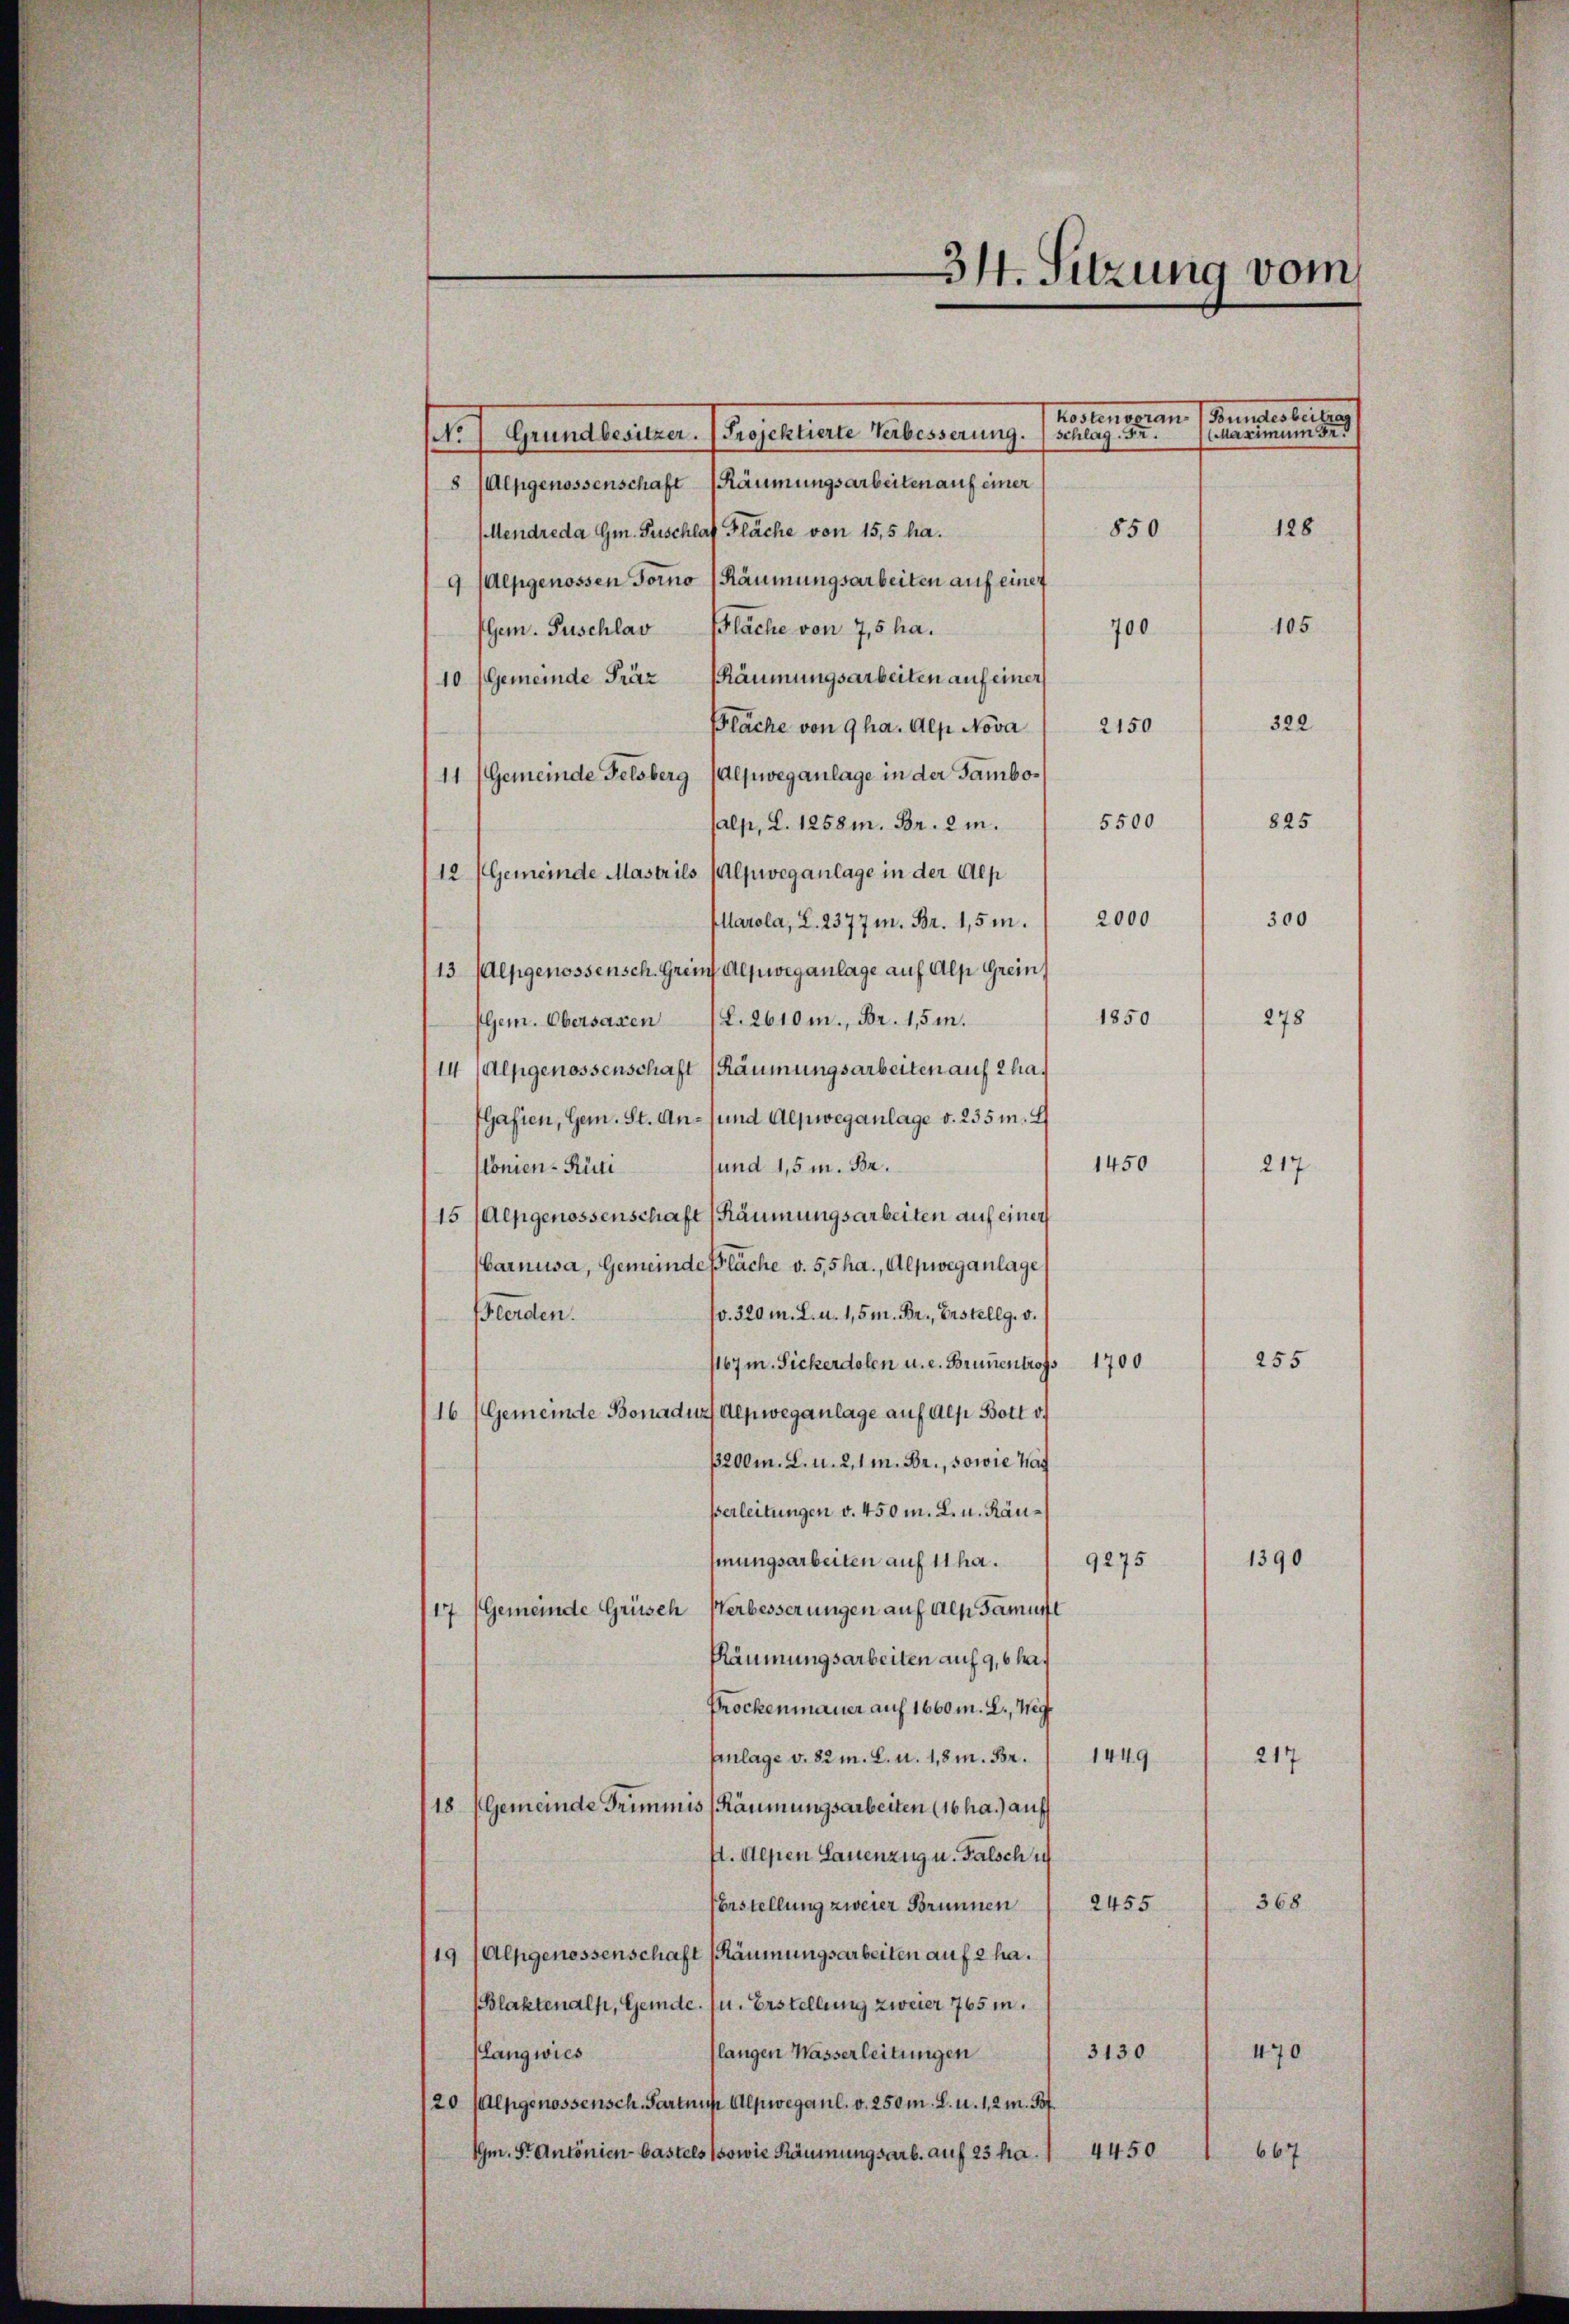
34. Sitzung vom

unter er
Maximum der
Grundbesitzer. Projektierte Verbesserung.
t
8 (Alpgenossenschaft Räumungsarbeiten auf einer
128
850
Mendreda Gm. Puschlaf Fläche von 15,5 ha.
9 (Alpgenossen Forno (Räumungsarbeiten auf einer
105
Gem. Puschlav Fläche von 7,5 ha.
700
10 Gemeinde Fräz säumungsarbeiten auf einer
322
läche von 9 ha. Alp Nova / 2150
11 (Gemeinde Felsberg (Alpweganlage in der Tambo¬
825
5500
alp, d. 1258m. Br. 2 m.
12 (Gemeinde Mastrils (Alpweganlage in der Alp
300
Marola, L. 2377 m. Br. 1,5m. 2000
13 Alpgenossensch. Greif Alpweganlage auf Alp Greins
1850
278
Gem. Obersaxen 12. 2610m., Br. 1,5m.
II (Alpgenossenschaft (Räumungsarbeiten auf 2 ha¬
Gafien, Gem. St. An- und Alpweganlage v. 235 m. 4
1450
sund 1,5 m. Br.
217.
sonien-Rüti
15 (Alpgenossenschaft Räumungsarbeiten auf einer
arnusa, Gemeinde Fläche v. 5,5ha., Alpweganlage
o. 320 m. L. u. 1,5m. Br., Erstellg. v.
Herden.
255
1167 m. Sickerdolen u. e. Brunentrofs 1700
16 (Gemeinde Bonaduz Alpweganlage auf als Bott v.
3200 m. L. u. 2, 1 M. Br., sowie Hag
Verleitungen v. 450 m. L. u. Raumungsarbeiten auf 11 ha.
1390
9275
17 Gemeinde Grüsch Verbesserungen auf als Famul
Räumungsarbeiten auf 9,6 ha.
Prockenmauer auf 1600 m. L., Wig
Enlage v. 82 m. L. u. 1,8m. Br. 1449
217
18 (Gemeinde Grimmis (Räumungsarbeiten (16 ha.) auf
f. Alpen Lauenzug u. Falsch i
368
Erstellung zweier Brunnen
2455
19 (Alpgenossenschaft (Räumungsarbeiten auf 2 ha.
(Blaktenalp, Gemde. u. Erstellung zweier 765 m.
Klangwies
langen Wasserleitungen
3130
470
/20 (Alpgenossensch Partnus Alpwegaul. v. 250 m. L. u. 1, 2 m. Pf
4450
Im. St. Antonien bastels sowie Räumungsarb. auf 23 ha.
667